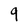
Character: 9